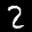
Label: 2